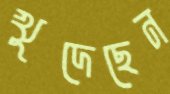
খুদেছেন